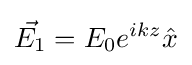
{\vec {E_{1}}}=E_{0}e^{ikz}{\hat {x}}